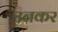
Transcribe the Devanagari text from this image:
उनकर